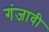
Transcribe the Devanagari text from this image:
गंजावी